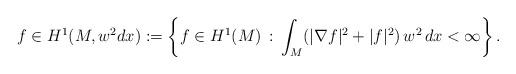
LaTeX: \begin{align*} f\in H^1(M, w^2 dx) := \left\{ f\in H^1(M)\, :\, \int_M (|\nabla f|^2+|f|^2)\, w^2\, dx < \infty \right\}. \end{align*}